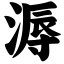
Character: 溽